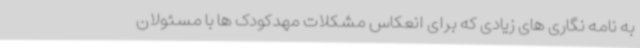
به نامه نگاری های زیادی که برای انعکاس مشکلات مهدکودک ها با مسئولان